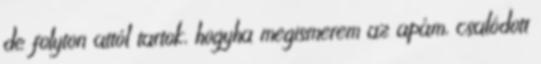
de folyton attól tartok, hogyha megismerem az apám, csalódott